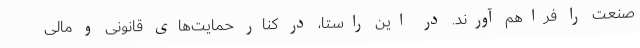
صنعت را فراهم آورند. در این راستا، در کنار حمایت‌های قانونی و مالی